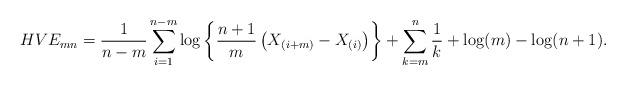
LaTeX: \begin{align*}HVE_{mn}=\frac{1}{n-m}\sum_{i=1}^{n-m}\log\left\{\frac{n+1}{m}\left(X_{(i+m)}-X_{(i)}\right)\right\}+\sum_{k=m}^{n}\frac{1}{k}+\log(m)-\log(n+1).\end{align*}